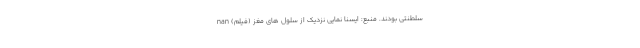
سلطنتی بودند. منبع: ایسنا نمایی نزدیک از سلول های مغز (فیلم) nan